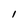
Character: l